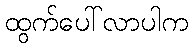
ထွက်ပေါ်လာပါက